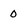
Character: 0